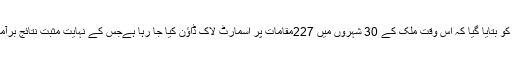
وزیرِ اعظم کو بتایا گیا کہ اس وقت ملک کے 30 شہروں میں 227مقامات پر اسمارٹ لاک ڈاؤن کیا جا رہا ہےجس کے نہایت مثبت نتائج برآمد ہوئے ہیں۔